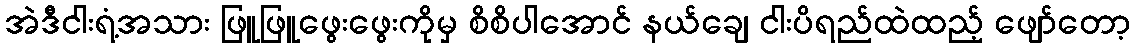
အဲဒီငါးရံ့အသား ဖြူဖြူဖွေးဖွေးကိုမှ စိစိပါအောင် နယ်ချေ ငါးပိရည်ထဲထည့် ဖျော်တော့